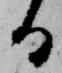
る